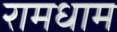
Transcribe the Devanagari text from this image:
रामधाम